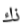
ذك